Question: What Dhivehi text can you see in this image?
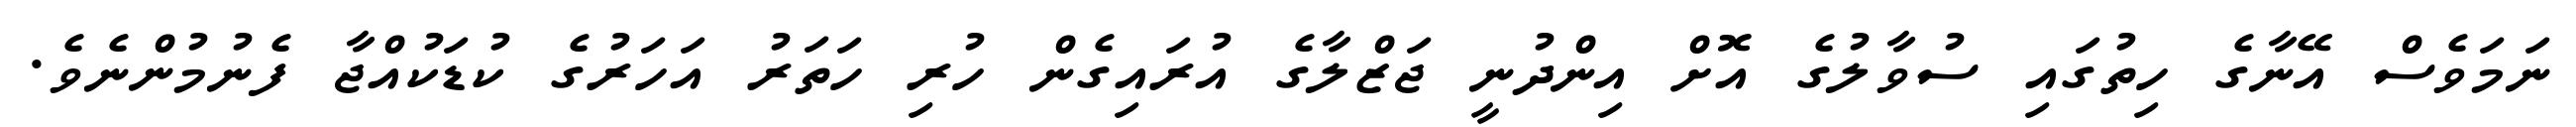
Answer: ނަމަވެސް އޭނާގެ ހިތުގައި ސުވާލުގެ އޮށް އިންދުނީ ޖަޒްލާގެ އުރައިގެން ހުރި ހަތަރު އަހަރުގެ ކުޑަކުއްޖާ ފެނުމުންނެވެ.